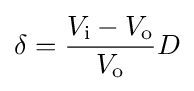
\delta ={\frac {V_{\text{i}}-V_{\text{o}}}{V_{\text{o}}}}D